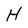
Character: H